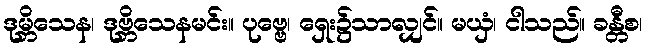
ဒုမ္ဘိသေန၊ ဒုဗ္ဘိသေနမင်း။ ပုဗ္ဗေ၊ ရှေး၌သာလျှင်။ မယှံ၊ ငါသည်။ ခန္တီစ၊